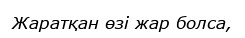
Жаратқан өзі жар болса,